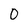
Character: 0